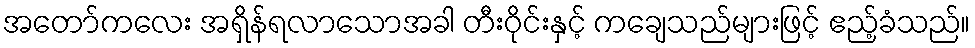
အတော်ကလေး အရှိန်ရလာသောအခါ တီးဝိုင်းနှင့် ကချေသည်များဖြင့် ဧည့်ခံသည်။